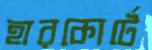
হারকোর্টে